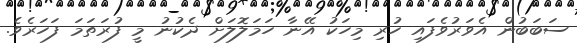
ސަބަބުން އެވަރުވެފައި ހުރި މިހަކު އޭނާ ހަމަލޮލަށް ދެކުނު މީ ފުރަތަމަ ފަހަރެވެ.